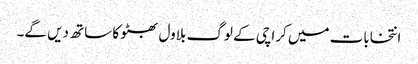
انتخابات میں کراچی کے لوگ بلاول بھٹو کا ساتھ دیں گے۔